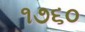
૧૭૬૦